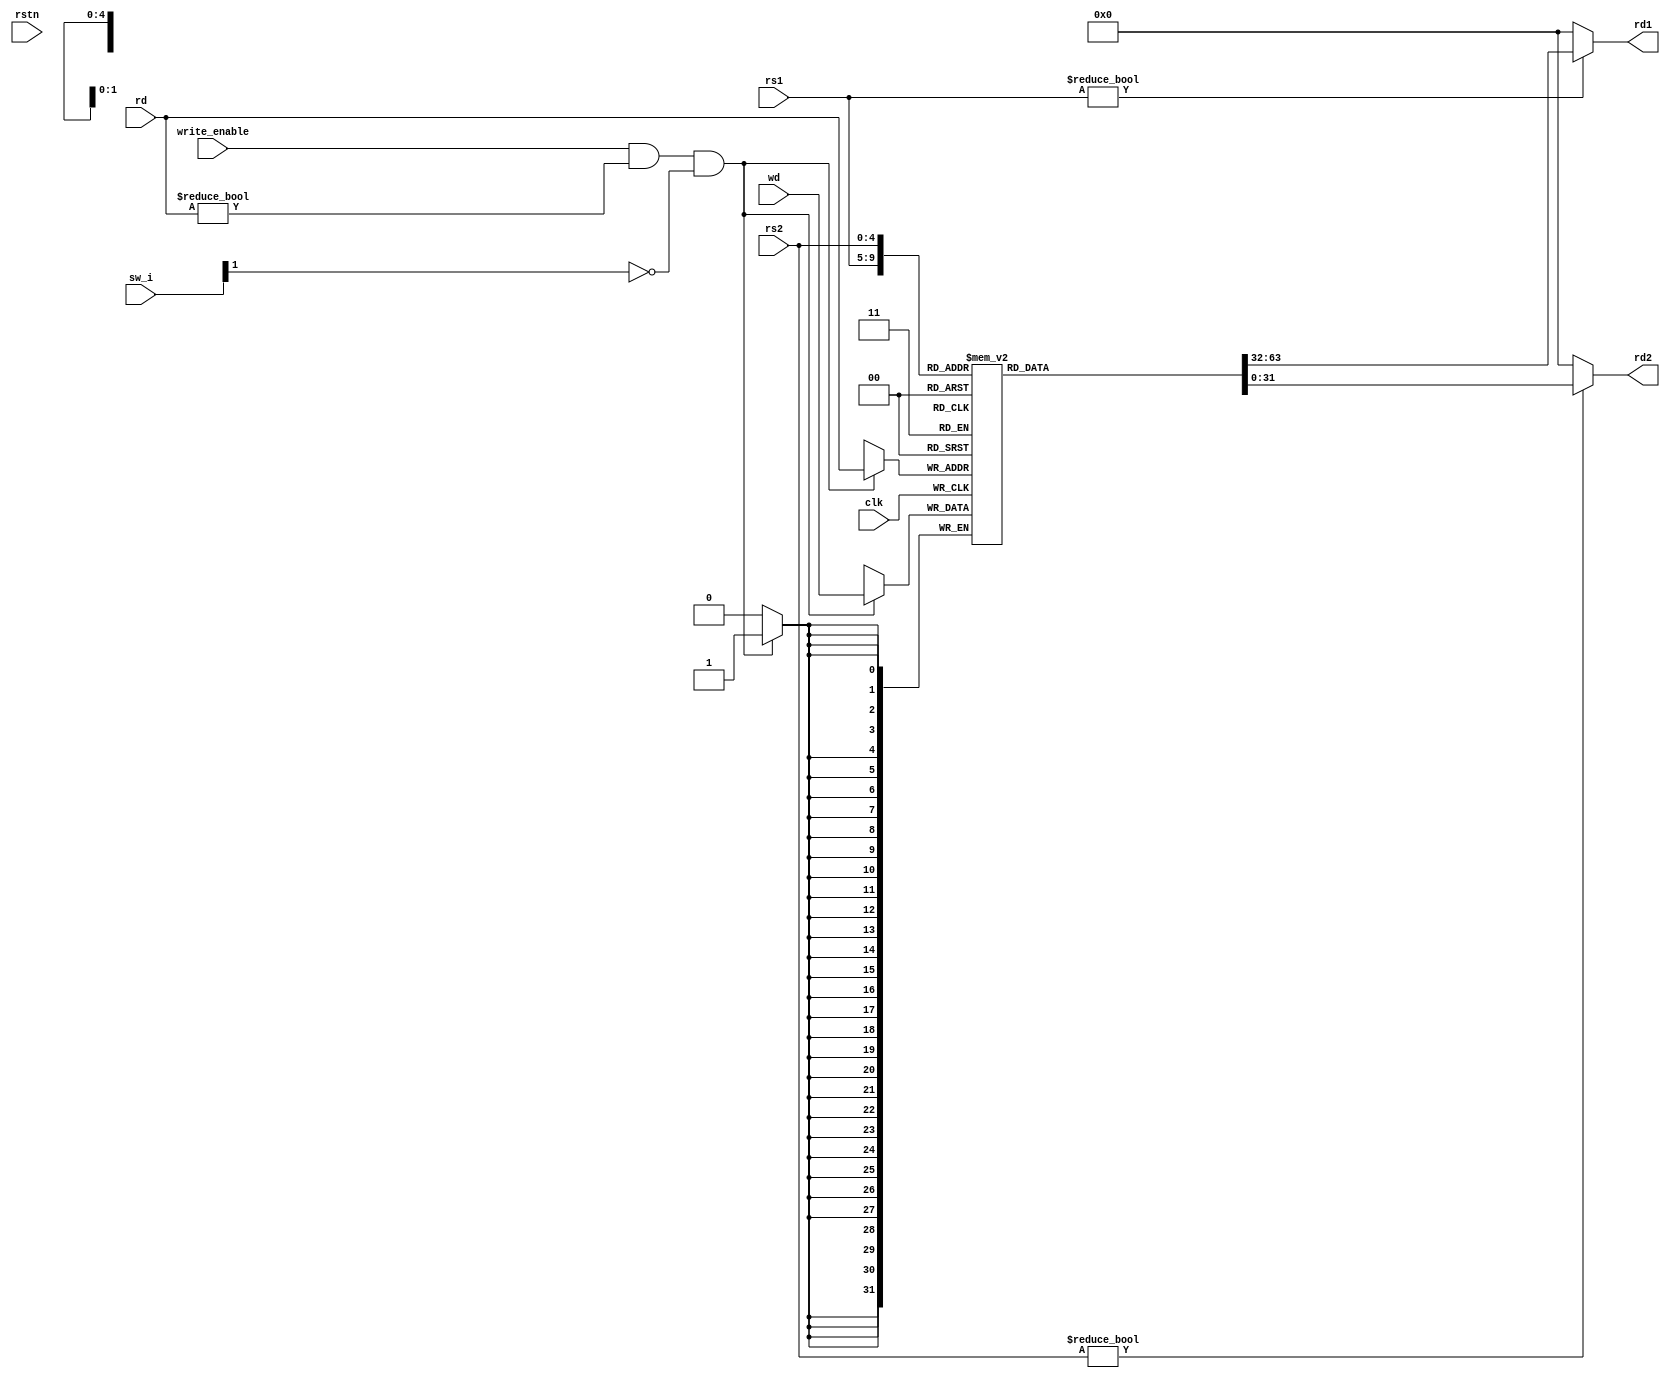
module rf(
    input clk,
    input rstn,
    input write_enable,
    input [15:0] sw_i,
    input [4:0] rs1, rs2, rd,
    input [31:0] wd,
    output [31:0] rd1, rd2
);
    
    reg [31:0] rf[31:0];
    
    integer i;
    initial begin
        for (i = 0; i < 32; i = i + 1) rf[i] = i;
    end

    always @(posedge clk) begin
        if (write_enable && rd != 5'b00000 && !sw_i[1]) rf[rd] <= wd;
    end

    assign rd1 = rs1 ? rf[rs1] : 0;
    assign rd2 = rs2 ? rf[rs2] : 0;

endmodule